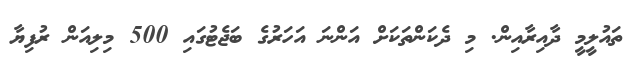
ތައުލީމީ ދާއިރާއިން. މި ދެކަންތަކަށް އަންނަ އަހަރުގެ ބަޖެޓުގައި 500 މިލިއަން ރުފިޔާ